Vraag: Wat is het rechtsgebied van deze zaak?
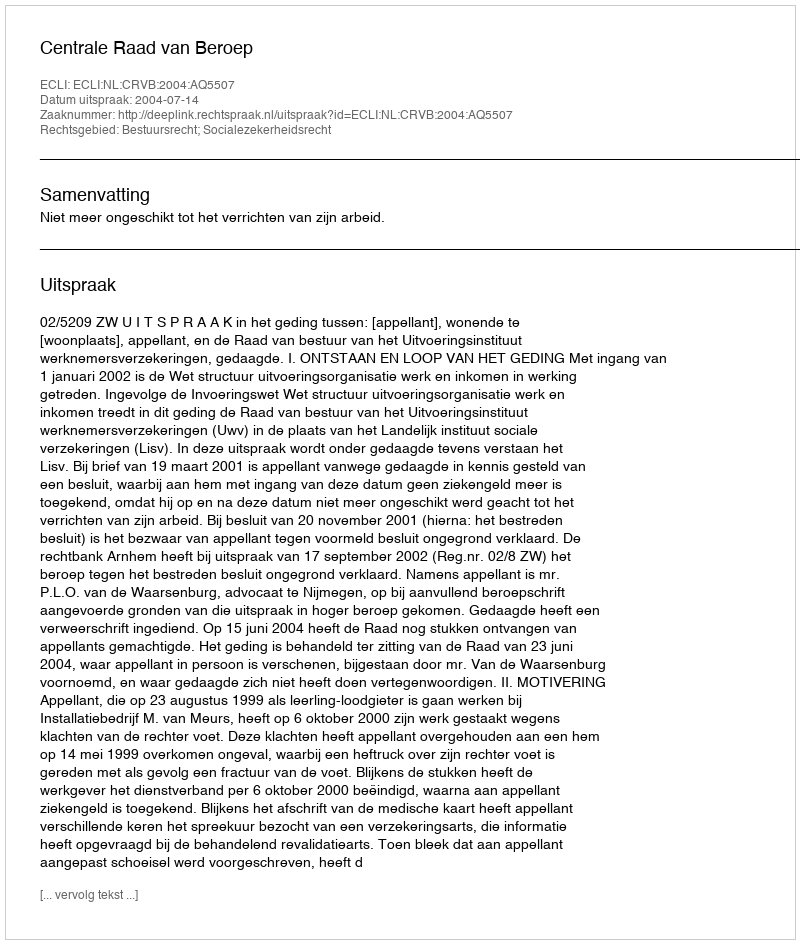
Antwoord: Bestuursrecht; Socialezekerheidsrecht